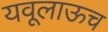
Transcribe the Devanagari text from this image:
यवूलाऊच